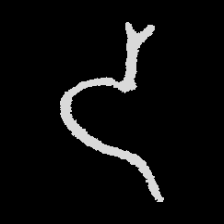
Pyu character \u2014 Myanmar letter: ဒ (romanized: da)